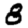
Digit: 8